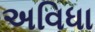
અવિધા